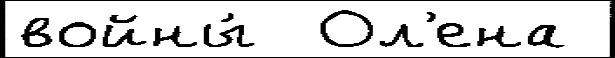
войны́  Ол'ена